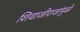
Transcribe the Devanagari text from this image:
शिवाजीराजांमुळे